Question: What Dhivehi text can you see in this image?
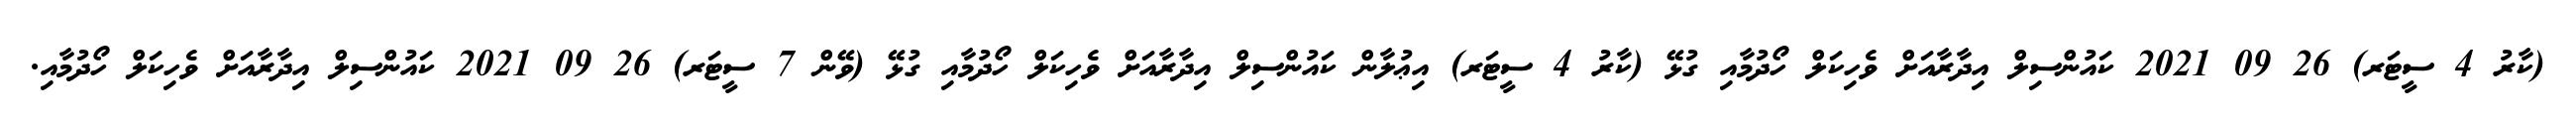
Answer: (ކާރު 4 ސީޓަރ) 26 09 2021 ކައުންސިލް އިދާރާއަށް ވެހިކަލް ހޯދުމާއި ގުޅޭ (ކާރު 4 ސީޓަރ) އިޢުލާން ކައުންސިލް އިދާރާއަށް ވެހިކަލް ހޯދުމާއި ގުޅޭ (ވޭން 7 ސީޓަރ) 26 09 2021 ކައުންސިލް އިދާރާއަށް ވެހިކަލް ހޯދުމާއި.